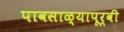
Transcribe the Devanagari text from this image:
पावसाळ्यापूर्वी